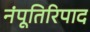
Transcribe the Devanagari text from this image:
नंपूतिरिपाद